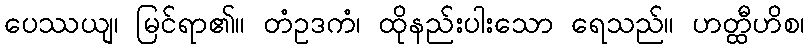
ပေဿယျ၊ မြင်ရာ၏။ တံဥဒကံ၊ ထိုနည်းပါးသော ရေသည်။ ဟတ္ထီဟိစ၊